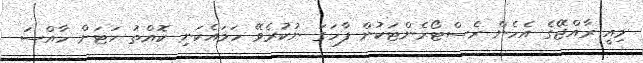
މިއީ ރާއްޖޭގެ އެހެން ރެސްޓޯރެންޓަކުން ފާހަގަ ނުކުރެވޭ ހަމައެކަނި ކޮއްތު ހަޓަށް ހާއްސަ